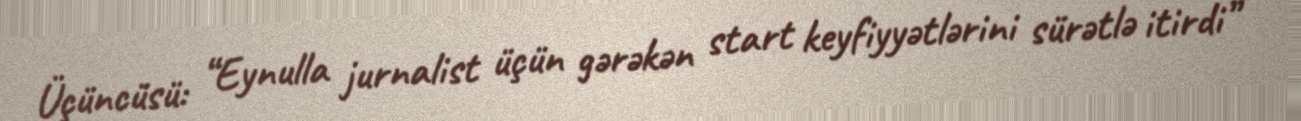
Üçüncüsü: “Eynulla jurnalist üçün gərəkən start keyfiyyətlərini sürətlə itirdi”